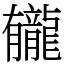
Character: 龓